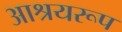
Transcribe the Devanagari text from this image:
आश्रयरूप